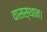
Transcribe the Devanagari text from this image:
वासस्थान।